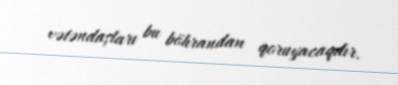
vətəndaşları bu böhrandan qoruyacaqdır.